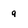
Character: 9